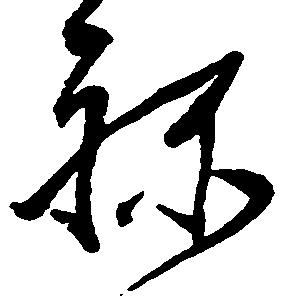
ね